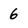
Character: 6